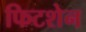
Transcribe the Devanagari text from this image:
फिटशेन